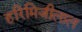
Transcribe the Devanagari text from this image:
हरिमिजीलाल